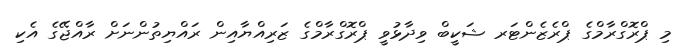
މި ޕްރޮގްރާމްގެ ޕްރެޒެންޓަރ ޝަކީބް ވިދާޅުވީ ޕްރޮގްރާމްގެ ޒަރިއްޔާއިން ރައްޔިތުންނަށް ރާއްޖޭގެ އެކި